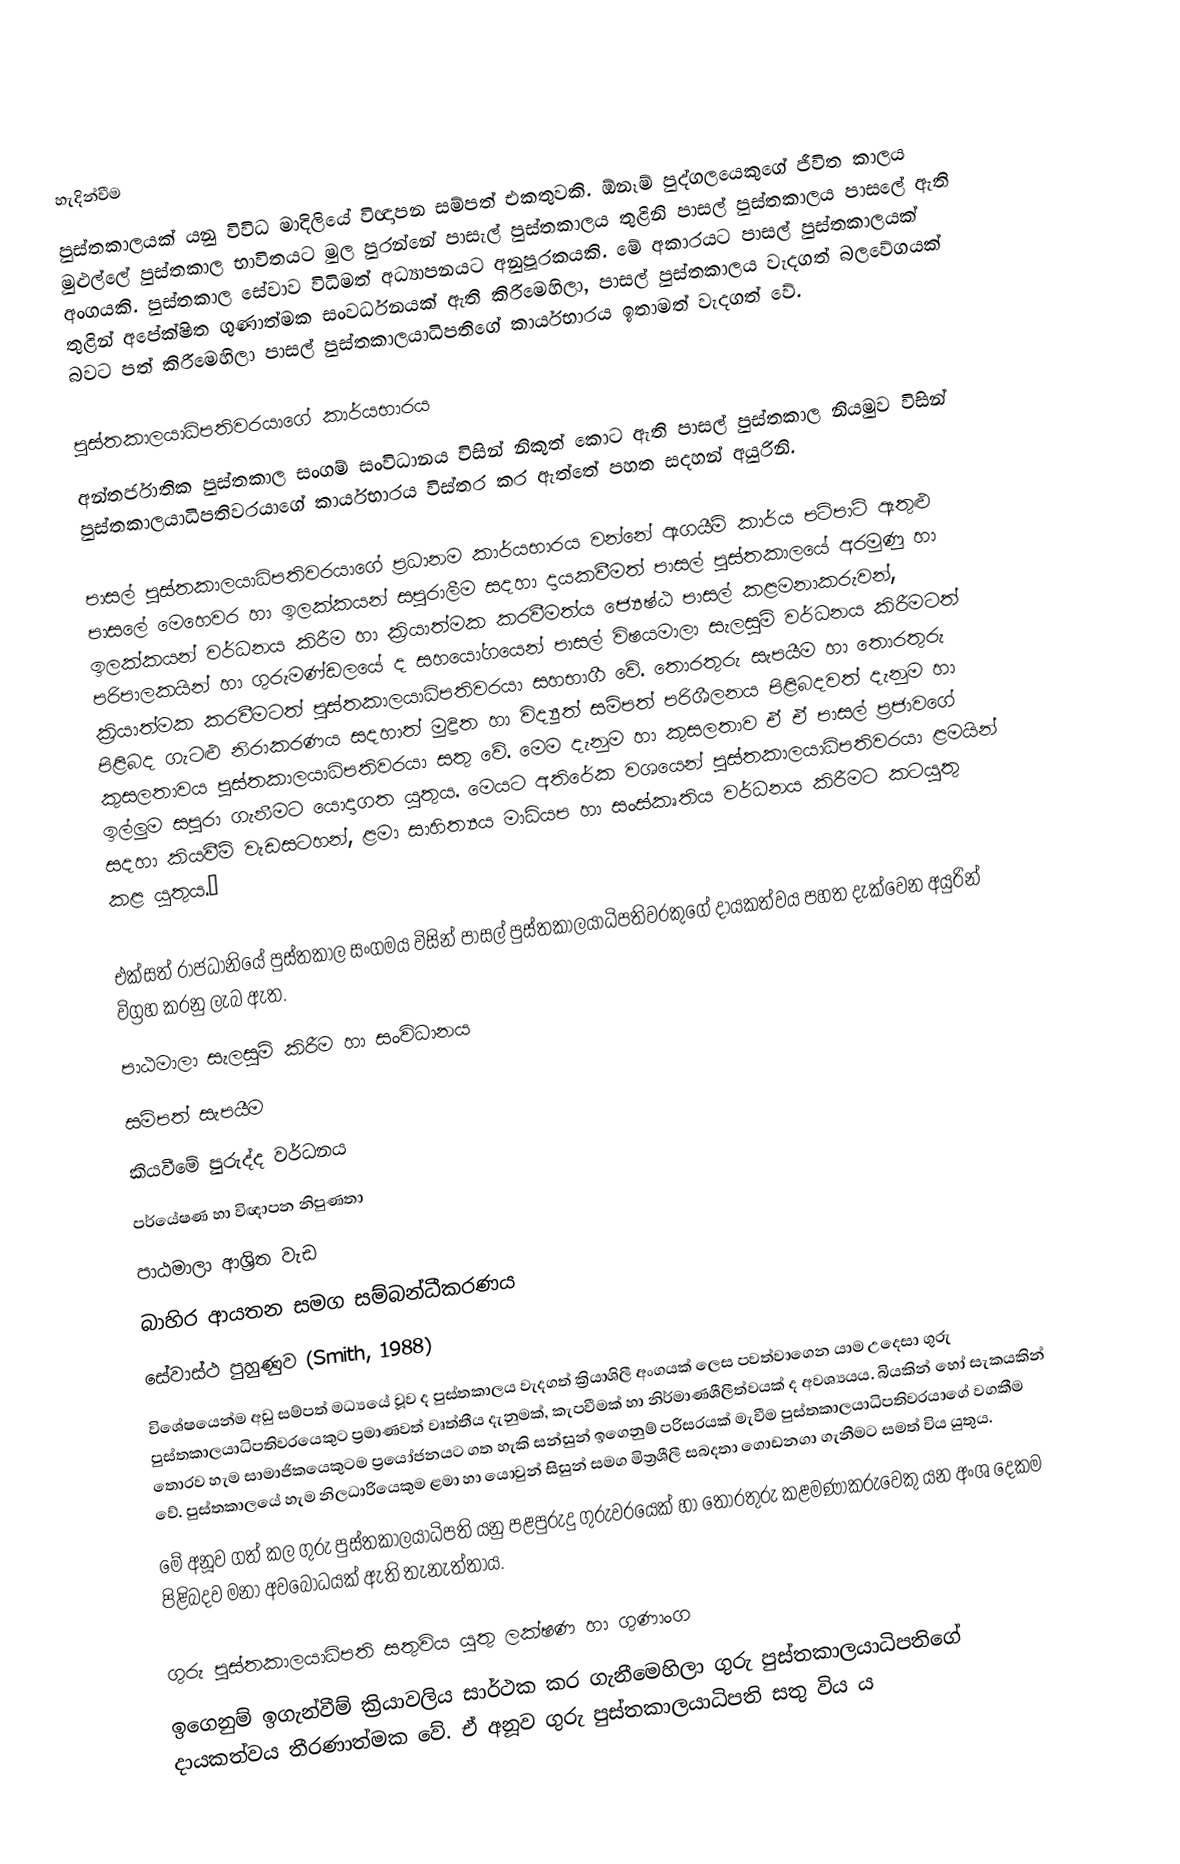

හැදින්වීම
පුස්තකාලයක් යනු විවිධ මාදිලියේ විඥාපන සම්පත් එකතුවකි. ඕනෑම් පුද්ගලයෙකුගේ ජීවිත කාලය මුළුල්ලේ පුස්තකාල භාවිතයට මුල පුරන්නේ පාසැල් පුස්තකාලය තුළිනි පාසල් පුස්තකාලය පාසලේ ඇති  අංගයකි. පුස්තකාල සේවාව විධිමත් අධ්‍යාපනයට අනුපූරකයකි. මේ අකාරයට පාසල් පුස්තකාලයක් තුළින් අපේක්ෂිත ගුණාත්මක සංවර්ධනයක් ඇති කිරීමෙහිලා‍, පාසල් පුස්තකාලය වැදගත් බලවේගයක් බවට පත් කිරීමෙහිලා පාසල් පුස්තකාලයාධිපතිගේ කාර්යභාරය ඉතාමත් වැදගත් වේ.

පුස්තකාලයාධිපතිවරයාගේ කාර්යභාරය
අන්තර්ජාතික පුස්තකාල සංගම් සංවිධානය විසින් නිකුත් කොට ඇති පාසල් පුස්තකාල නියමුව විසින් පුස්තකාලයාධිපතිවරයාගේ කාර්යභාරය විස්තර කර ඇත්තේ පහත සදහන් අයුරිනි.

පාසල් පුස්තකාලයාධිපතිවරයාගේ ප්‍රධානම කාර්යභාරය වන්නේ ඇගයීම් කාර්ය පටිපා‍ටි ඇතුළු පාසලේ මෙහෙවර හා ඉලක්කයන් සපුරාලීම සදහා දායකවීමත් පාසල් පුස්තකාලයේ අරමුණු හා ඉලක්කයන් වර්ධනය කිරීම හා ක්‍රියාත්මක කරවීමත්ය ජ්‍යෙෂ්ඨ පාසල් කළමනාකරුවන්, පරිපාලකයින් හා ගුරුමණ්ඩලයේ ද සහයෝගයෙන් පාසල් විෂයමාලා සැලසුම් වර්ධනය කිරීමටත් ක්‍රියාත්මක කරවීමටත් පුස්තකාලයාධිපතිවරයා සහභාගී වේ. තොරතුරු සැපයීම හා තොරතුරු පිළිබද ගැටළු නිරාකරණය සදහාත් මුද්‍රිත හා විද්‍යුත් සම්පත් පරිශීලනය පිළිබදවත් දැනුම හා කුසලතාවය පුස්තකාලයාධිපතිවරයා සතු වේ. මෙම දැනුම හා කුසලතාව ඒ ඒ පාසල් ප්‍රජාවගේ ඉල්ලුම සපුරා ගැනීමට යොදාගත යුතුය. මෙයට අතිරේක වශයෙන් පුස්තකාලයාධිපතිවරයා ළමයින් සදහා කියවීම් වැඩසටහන්, ළමා සාහිත්‍යය මාධ්යප හා සංස්කෘතිය වර්ධනය කිරීමට කටයුතු කළ යුතුය.”

එක්සත් රාජධානියේ පුස්තකාල සංගමය විසින් පාසල් පුස්තකාලයාධිපතිවරකුගේ දායකත්වය පහත දැක්වෙන අයුරින් විග්‍රහ කරනු ලැබ ඇත.
පාඨමාලා සැලසුම් කිරීම හා සංවිධානය
සම්පත් සැපයීම
කියවීමේ පුරුද්ද වර්ධනය
පර්යේෂණ හා විඥාපන නිපුණතා
පාඨමාලා ආශ්‍රිත වැඩ
බාහිර ආයතන සමග සම්බන්ධීකරණය
සේවාස්ථ පුහුණුව (Smith, 1988)
විශේෂයෙන්ම අඩු සම්පත් මධ්‍යයේ වූව ද පුස්තකාලය වැදගත් ක්‍රියාශිලී අංගයක් ලෙස පවත්වාගෙන යාම උදෙසා ගුරු පුස්තකාලයාධිපතිවරයෙකුට ප්‍රමාණවත් වෘත්තීය දැනුමක්, කැපවීමක් හා නිර්මාණශීලීත්වයක් ද අවශ්‍යයය. බියකින් හෝ සැකයකින් තොරව හැම  සාමාජිකයෙකුටම ප්‍රයෝජනයට ගත හැකි සන්සුන් ඉගෙනුම් පරිසරයක් මැවීම පුස්තකාලයාධිපතිවරයාගේ වගකීම වේ. පුස්තකාලයේ හැම නිලධාරියෙකුම ළමා හා යොවුන් සිසුන් සමග මිත්‍රශීලී සබදතා ගොඩනගා ගැනීම‍ට සමත් විය යුතුය.
මේ අනූව ගත් කල ගුරු පුස්තකාලයාධිපති යනු පළපුරුදු ගුරුවරයෙක් හා තොරතුරු කළමණාකරුවෙකු යන අංශ දෙකම පිළිබදව මනා අවබෝධයක් ඇති තැනැත්තාය.

ගුරු පුස්තකාලයාධිපති සතුවිය යුතු ලක්ෂණ හා ගුණාංග
ඉගෙනුම් ඉගැන්වීම් ක්‍රියාවලිය සාර්ථක කර ගැනීමෙහිලා ගුරු පුස්තකාලයාධිපතිගේ දායකත්වය තීරණාත්මක වේ. ඒ අනූව ගුරු පුස්තකාලයාධිපති සතු විය ය